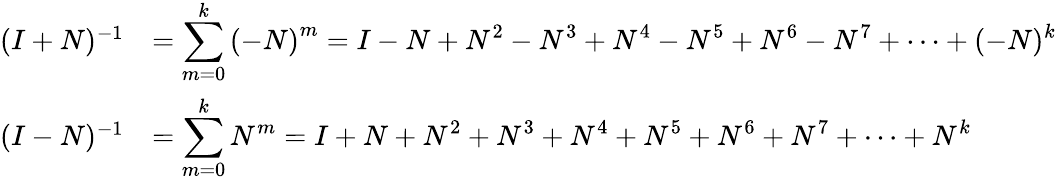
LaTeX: {\begin{array}{rl}{(I+N)^{-1}}&{=\displaystyle\sum_{m=0}^{k}\left(-N\right)^{m}=I-N+N^{2}-N^{3}+N^{4}-N^{5}+N^{6}-N^{7}+\cdots+(-N)^{k}}\\ {(I-N)^{-1}}&{=\displaystyle\sum_{m=0}^{k}N^{m}=I+N+N^{2}+N^{3}+N^{4}+N^{5}+N^{6}+N^{7}+\cdots+N^{k}}\end{array}}